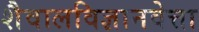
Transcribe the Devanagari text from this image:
शैवालविज्ञानवेत्ता